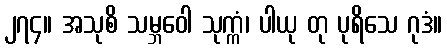
၂၇၄။ အသုစိ သမ္ဘဝေါ သုက္ကံ၊ ပါယု တု ပုရိသေ ဂုဒံ။